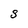
Character: S